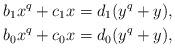
LaTeX: \begin{align*}b_1 x^q + c_1 x &= d_1(y^q + y),\\b_0 x^q + c_0 x &= d_0(y^q + y),\end{align*}